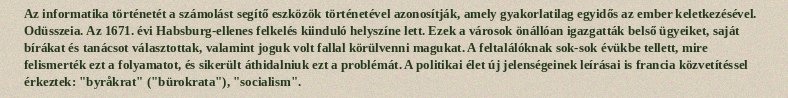
Az informatika történetét a számolást segítő eszközök történetével azonosítják, amely gyakorlatilag egyidős az ember keletkezésével. Odüsszeia. Az 1671. évi Habsburg-ellenes felkelés kiinduló helyszíne lett. Ezek a városok önállóan igazgatták belső ügyeiket, saját bírákat és tanácsot választottak, valamint joguk volt fallal körülvenni magukat. A feltalálóknak sok-sok évükbe tellett, mire felismerték ezt a folyamatot, és sikerült áthidalniuk ezt a problémát. A politikai élet új jelenségeinek leírásai is francia közvetítéssel érkeztek: "byråkrat" ("bürokrata"), "socialism".